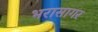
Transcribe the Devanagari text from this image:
भरासागर